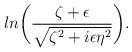
LaTeX: \begin{align*}ln\biggl({\zeta+\epsilon\over{\sqrt{\zeta^2+i\epsilon\eta^2}}}\biggr).\end{align*}